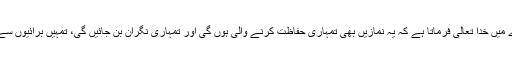
پس جب یہ حالت ہوتی ہے تو پھر ایسے نمازیوں کے بارے میں خدا تعالیٰ فرماتا ہے کہ یہ نمازیں بھی تمہاری حفاظت کرنے والی ہوں گی اور تمہاری نگران بن جائیں گی، تمہیں برائیوں سے روکیں گی، تمہارے گھروں کو برکتوں سے بھر دیں گی۔